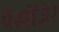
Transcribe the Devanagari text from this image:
पेस्सेंजेर